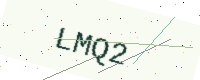
Text: LMQ2